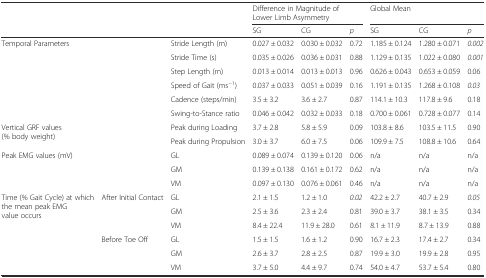
<table><thead><tr><td rowspan="2" colspan="3"></td><td colspan="3"><b>Difference in Magnitude of Lower Limb Asymmetry</b></td><td colspan="3"><b>Global Mean</b></td></tr><tr><td><b>SG</b></td><td><b>CG</b></td><td><b><i>p</i></b></td><td><b>SG</b></td><td><b>CG</b></td><td><b><i>p</i></b></td></tr></thead><tbody><tr><td rowspan="6" colspan="2">Temporal Parameters</td><td>Stride Length (m)</td><td>0.027 ± 0.032</td><td>0.030 ± 0.032</td><td>0.72</td><td>1.185 ± 0.124</td><td>1.280 ± 0.071</td><td><i>0.002</i></td></tr><tr><td>Stride Time (s)</td><td>0.035 ± 0.026</td><td>0.036 ± 0.031</td><td>0.88</td><td>1.129 ± 0.135</td><td>1.022 ± 0.080</td><td><i>0.001</i></td></tr><tr><td>Step Length (m)</td><td>0.013 ± 0.014</td><td>0.013 ± 0.013</td><td>0.96</td><td>0.626 ± 0.043</td><td>0.653 ± 0.059</td><td>0.06</td></tr><tr><td>Speed of Gait (ms<sup>−1</sup>)</td><td>0.037 ± 0.033</td><td>0.051 ± 0.039</td><td>0.16</td><td>1.191 ± 0.135</td><td>1.268 ± 0.108</td><td><i>0.03</i></td></tr><tr><td>Cadence (steps/min)</td><td>3.5 ± 3.2</td><td>3.6 ± 2.7</td><td>0.87</td><td>114.1 ± 10.3</td><td>117.8 ± 9.6</td><td>0.18</td></tr><tr><td>Swing-to-Stance ratio</td><td>0.046 ± 0.042</td><td>0.032 ± 0.033</td><td>0.18</td><td>0.700 ± 0.061</td><td>0.728 ± 0.077</td><td>0.14</td></tr><tr><td rowspan="2" colspan="2">Vertical GRF values (% body weight)</td><td>Peak during Loading</td><td>3.7 ± 2.8</td><td>5.8 ± 5.9</td><td>0.09</td><td>103.8 ± 8.6</td><td>103.5 ± 11.5</td><td>0.90</td></tr><tr><td>Peak during Propulsion</td><td>3.0 ± 3.7</td><td>6.0 ± 7.5</td><td>0.06</td><td>109.9 ± 7.5</td><td>108.8 ± 10.6</td><td>0.64</td></tr><tr><td rowspan="3" colspan="2">Peak EMG values (mV)</td><td>GL</td><td>0.089 ± 0.074</td><td>0.139 ± 0.120</td><td>0.06</td><td>n/a</td><td>n/a</td><td>n/a</td></tr><tr><td>GM</td><td>0.139 ± 0.138</td><td>0.161 ± 0.172</td><td>0.62</td><td>n/a</td><td>n/a</td><td>n/a</td></tr><tr><td>VM</td><td>0.097 ± 0.130</td><td>0.076 ± 0.061</td><td>0.46</td><td>n/a</td><td>n/a</td><td>n/a</td></tr><tr><td rowspan="6">Time (% Gait Cycle) at which the mean peak EMG value occurs</td><td rowspan="3">After Initial Contact</td><td>GL</td><td>2.1 ± 1.5</td><td>1.2 ± 1.0</td><td><i>0.02</i></td><td>42.2 ± 2.7</td><td>40.7 ± 2.9</td><td><i>0.05</i></td></tr><tr><td>GM</td><td>2.5 ± 3.6</td><td>2.3 ± 2.4</td><td>0.81</td><td>39.0 ± 3.7</td><td>38.1 ± 3.5</td><td>0.34</td></tr><tr><td>VM</td><td>8.4 ± 22.4</td><td>11.9 ± 28.0</td><td>0.61</td><td>8.1 ± 11.9</td><td>8.7 ± 13.9</td><td>0.88</td></tr><tr><td rowspan="3">Before Toe Off</td><td>GL</td><td>1.5 ± 1.5</td><td>1.6 ± 1.2</td><td>0.90</td><td>16.7 ± 2.3</td><td>17.4 ± 2.7</td><td>0.34</td></tr><tr><td>GM</td><td>2.6 ± 3.7</td><td>2.8 ± 2.5</td><td>0.87</td><td>19.9 ± 3.0</td><td>19.9 ± 2.8</td><td>0.95</td></tr><tr><td>VM</td><td>3.7 ± 5.0</td><td>4.4 ± 9.7</td><td>0.74</td><td>54.0 ± 4.7</td><td>53.7 ± 5.4</td><td>0.80</td></tr></tbody></table>